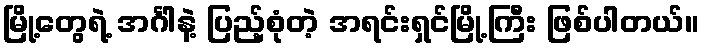
မြို့တွေရဲ့ အင်္ဂါနဲ့ ပြည့်စုံတဲ့ အရင်းရှင်မြို့ကြီး ဖြစ်ပါတယ်။